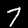
Label: 7